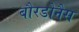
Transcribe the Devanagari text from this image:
बौरडोनैस